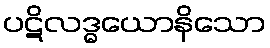
ပဋိလဒ္ဓယောနိသော